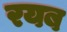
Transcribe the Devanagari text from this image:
रयब